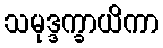
သမုဒ္ဒက္ခာယိကာ